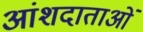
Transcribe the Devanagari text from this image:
आंशदाताओं